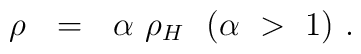
\rho \ \ =\ \ \alpha \ \rho_H \ \  (\alpha \ > \ 1)\ .